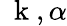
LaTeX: \mathrm{~\mathbf~k~},\alpha